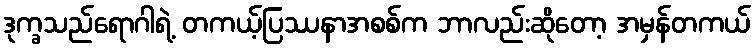
ဒုက္ခသည်ရောဂါရဲ့ တကယ့်ပြဿနာအစစ်က ဘာလည်းဆိုတော့ အမှန်တကယ်